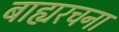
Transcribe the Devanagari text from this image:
बाह्यरचना